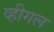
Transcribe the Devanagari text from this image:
व्हीगल